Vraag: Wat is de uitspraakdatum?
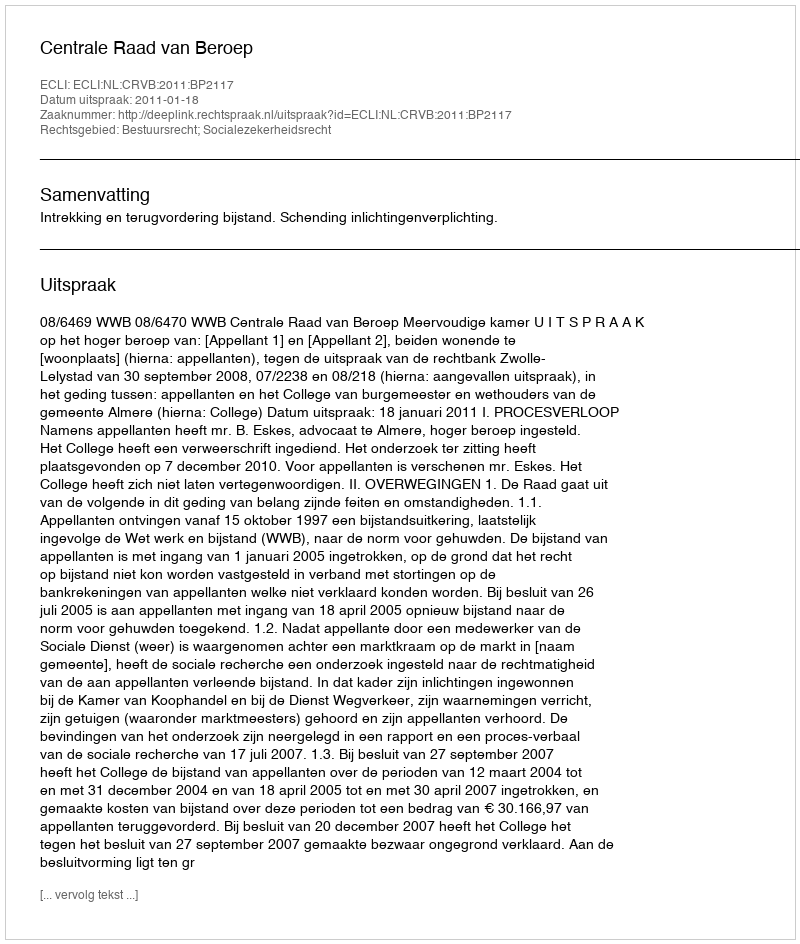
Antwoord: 2011-01-18